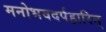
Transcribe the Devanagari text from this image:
मनोभवदर्पहारिन्